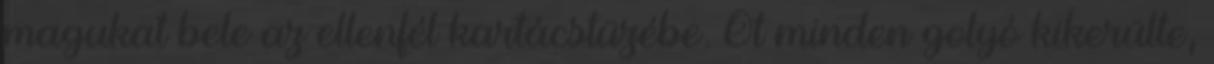
magukat bele az ellenfél kartácstüzébe. Őt minden golyó kikerülte,